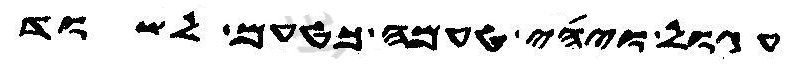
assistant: עגול ויהי טעמה כטעם לשוד